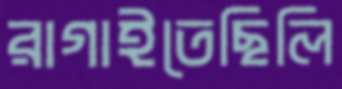
রাগাইতেছিলি